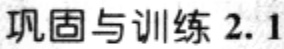
巩固与训练 2.1